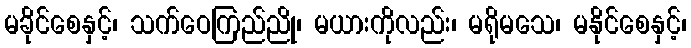
မခိုင်စေနှင့်၊ သက်ဝေကြည်ညို၊ မယားကိုလည်း၊ မရိုမသေ၊ မနိုင်စေနှင့်၊